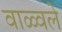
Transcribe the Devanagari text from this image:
वाळ्वले